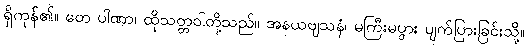
ရှိကုန်၏။ တေ ပါဏာ၊ ထိုသတ္တဝါတို့သည်။ အနယဗျသနံ၊ မကြီးမပွား ပျက်ပြားခြင်းသို့။